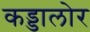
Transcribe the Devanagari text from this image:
कड्डालोर